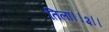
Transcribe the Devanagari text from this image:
तिला।।३।।